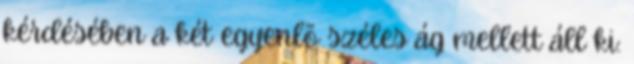
kérdésében a két egyenlõ széles ág mellett áll ki: